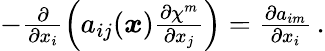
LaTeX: \begin{array}{r}{-\frac{\partial}{\partial x_{i}}\left(a_{ij}(\boldsymbol x)\frac{\partial\chi^{m}}{\partial x_{j}}\right)=\frac{\partial a_{im}}{\partial x_{i}}\, .}\end{array}